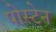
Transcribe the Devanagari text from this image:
पोस्टेन